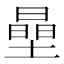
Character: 𱗷